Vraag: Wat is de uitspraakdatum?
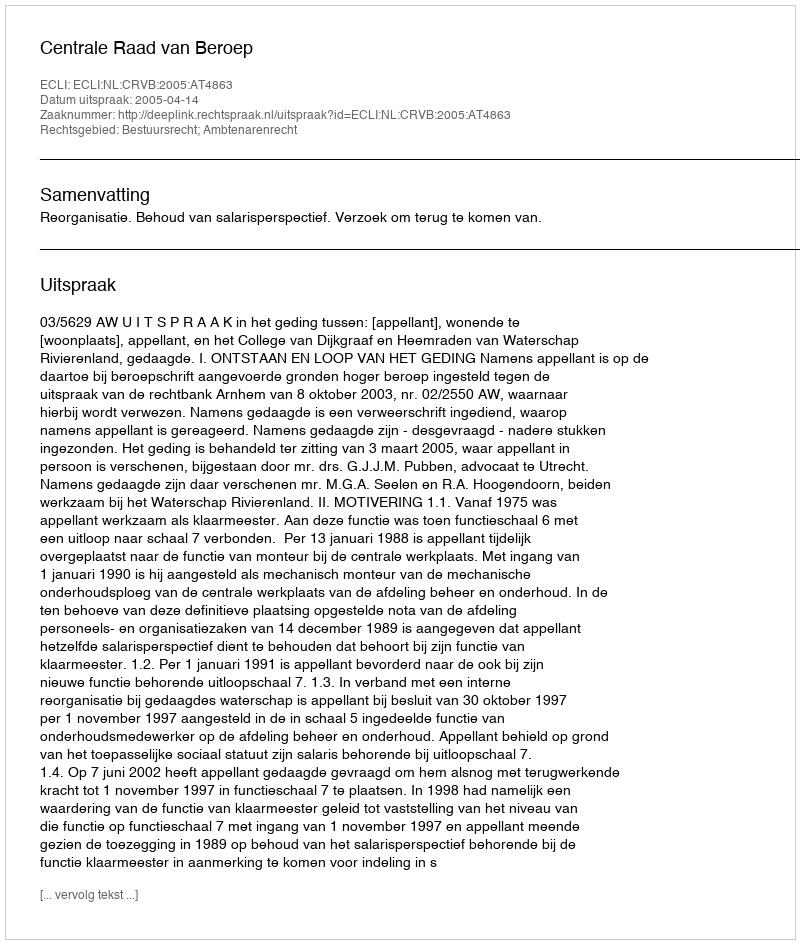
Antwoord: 2005-04-14